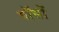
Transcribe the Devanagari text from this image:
पॉसों